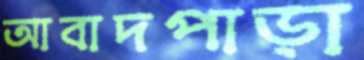
আবাদপাড়া